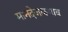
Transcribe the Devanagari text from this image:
मानदेजळगाव